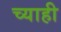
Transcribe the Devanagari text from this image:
च्याही